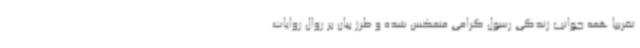
تقریبا همه جوانب زندگی رسول گرامی منعکس شده و طرز بیان بر روال روایات